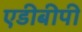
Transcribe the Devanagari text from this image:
एडीबीपी